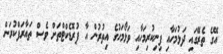
އޭގެ ތެރޭގައި ދަޅުމަހާއި ފިނިކުރިމަހާއި ވަޅޯމަހުގެ އިތުރުން އާ ޕުރޮޑެކްޓްތަށް ވެސް ތައާރަފްކުރަން